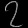
Digit: ၇